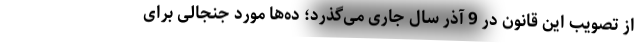
از تصویب این قانون در 9 آذر سال جاری می‌گذرد؛ ده‌ها مورد جنجالی برای